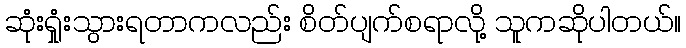
ဆုံးရှုံးသွားရတာကလည်း စိတ်ပျက်စရာလို့ သူကဆိုပါတယ်။